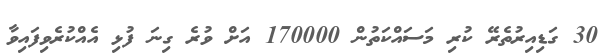
30 ގަޑިއިރުތެރޭ ކުރި މަސައްކަތުން 170000 އަށް ވުރެ ގިނަ ފުޅި އެއްކުރެވިފައިވާ